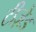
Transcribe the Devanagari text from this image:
टीज़ेड